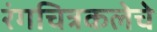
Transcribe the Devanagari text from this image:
रंगचित्रकलेचे